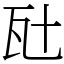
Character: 瓧